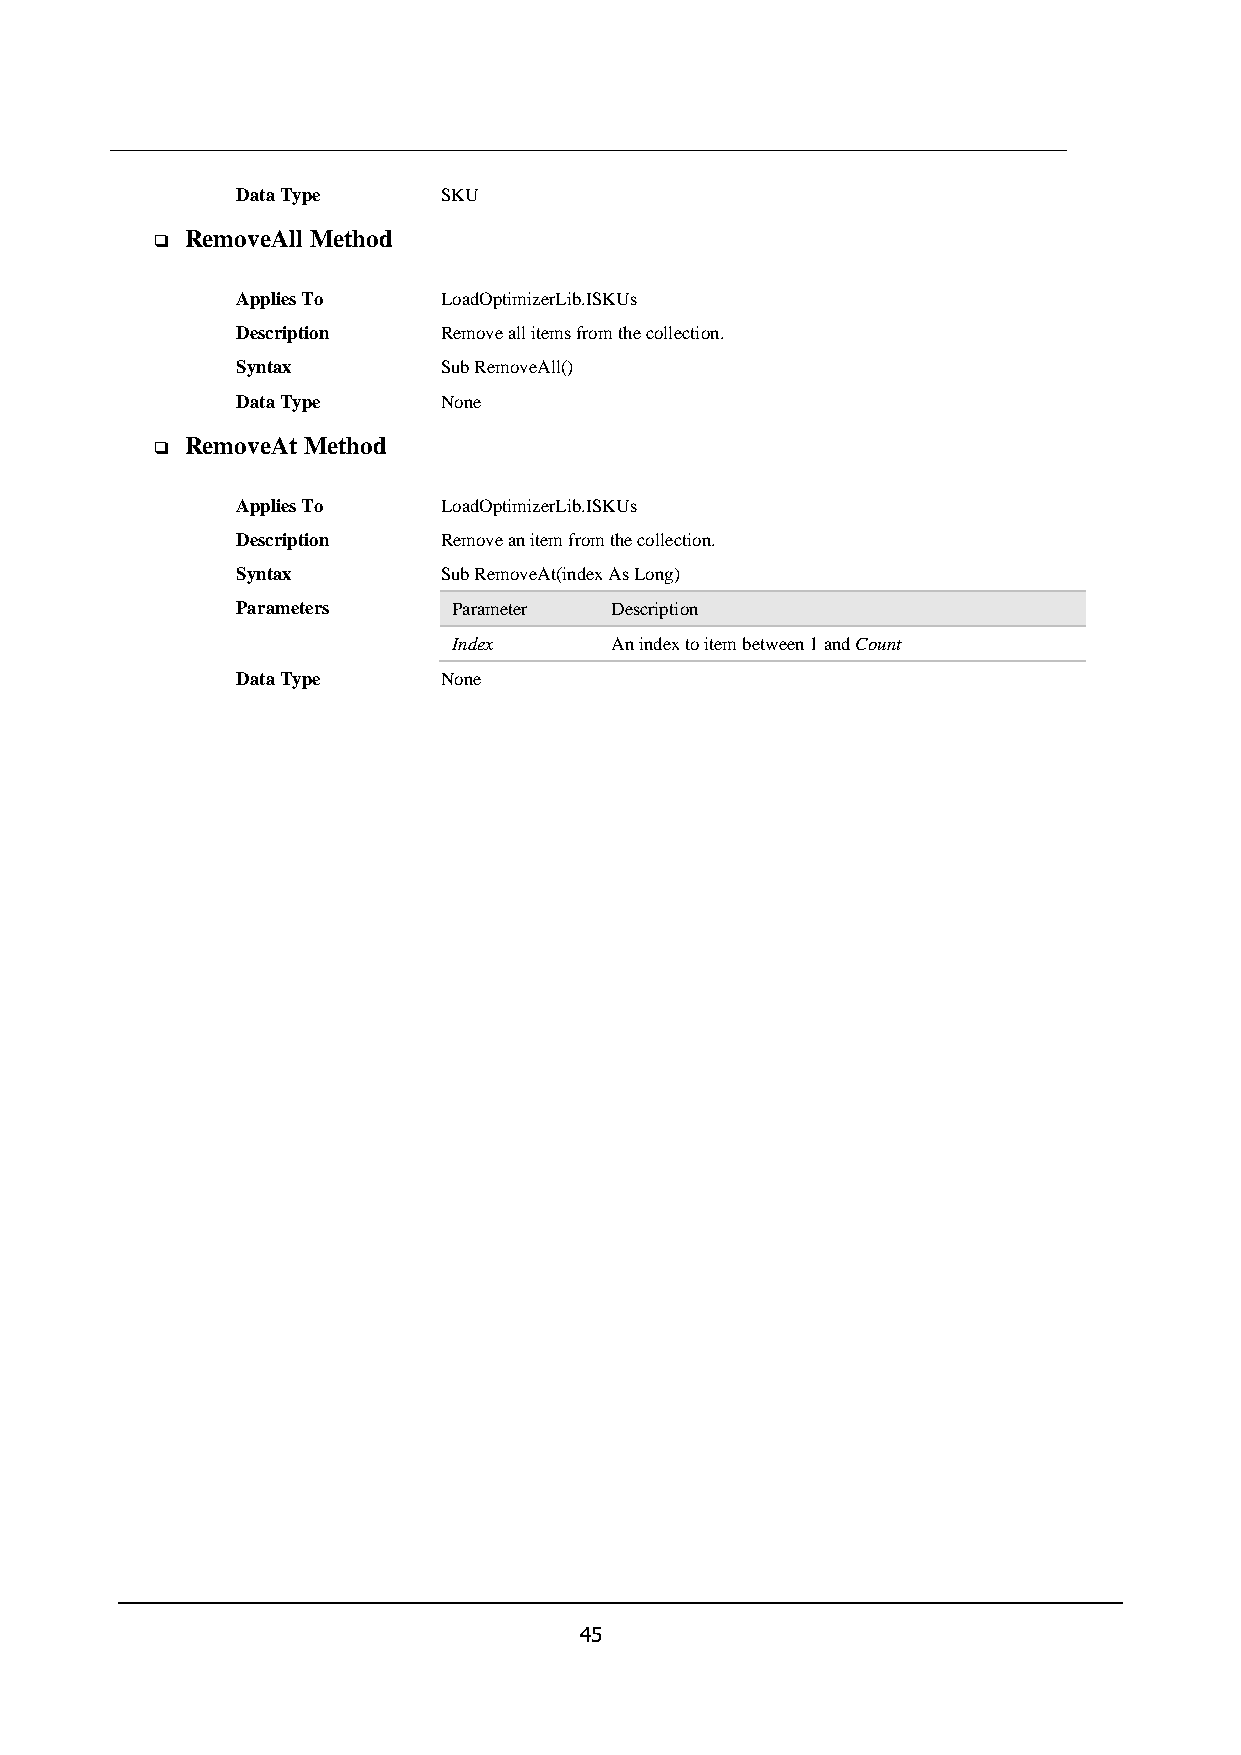
Data Type    SKU
 RemoveAll Method
 ❑
 Applies To   LoadOptimizerLib.ISKUs
 Description  Remove all items from the collection.
 Syntax       Sub RemoveAll()
 Data Type    None
 RemoveAt Method
 ❑
 Applies To   LoadOptimizerLib.ISKUs
 Description  Remove an item from the collection.
 Syntax       Sub RemoveAt(index As Long)
 Parameters    Parameter Description
 Index     An index to item between 1 and Count
 Data Type    None
 45